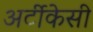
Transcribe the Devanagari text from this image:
अर्टीकेसी